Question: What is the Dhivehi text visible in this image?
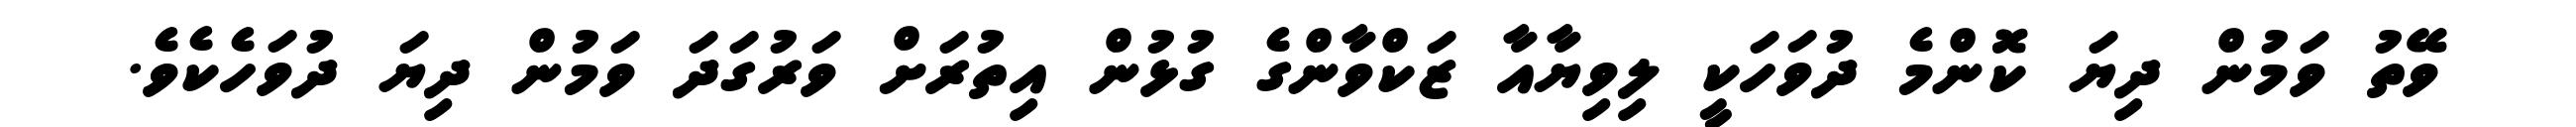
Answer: ވޭތު ވަމުން ދިޔަ ކޮންމެ ދުވަހަކީ ލިވިޔާއާ ޒަކްވާންގެ ގުޅުން އިތުރަށް ވަރުގަދަ ވަމުން ދިޔަ ދުވަހެކެވެ.